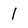
Character: 1